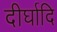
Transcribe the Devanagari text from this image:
दीर्घादि